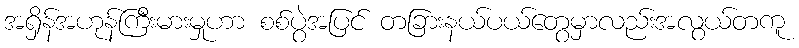
အရှိန်အဟုန်ကြီးမားမှုဟာ စစ်ပွဲအပြင် တခြားနယ်ပယ်တွေမှာလည်းအလွယ်တကူ